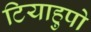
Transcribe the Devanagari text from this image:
टियाहुपो